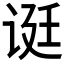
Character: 𬣻